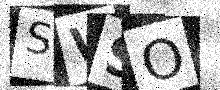
Text: SWSO